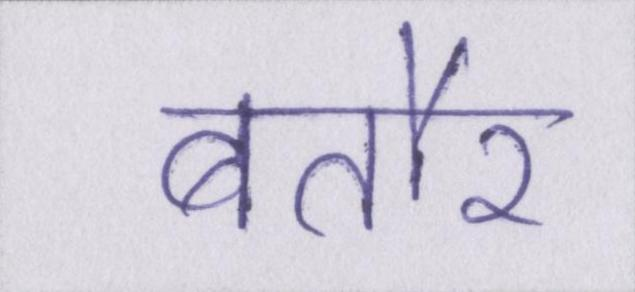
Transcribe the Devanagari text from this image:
बतौर